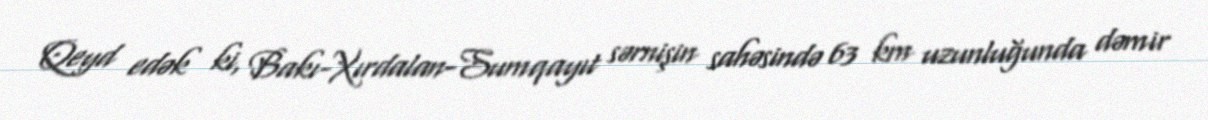
Qeyd edək ki, Bakı-Xırdalan-Sumqayıt sərnişin sahəsində 63 km uzunluğunda dəmir